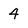
Character: 4